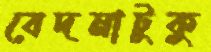
বেদনাটুকু